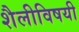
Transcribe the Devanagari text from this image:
शैलीविषयी